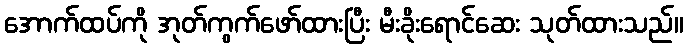
အောက်ထပ်ကို အုတ်ကွက်ဖော်ထားပြီး မီးခိုးရောင်ဆေး သုတ်ထားသည်။